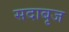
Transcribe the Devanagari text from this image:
सदाबृज